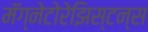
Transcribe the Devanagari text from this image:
मॅग्नेटोरेझिस्टन्स